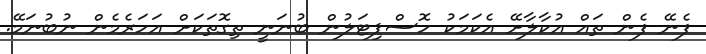
ފެނޭ ފެން ތައް އުކާލާށޭ އެކަމަކު ހޮސްޕިޓަލުން ބުނަނީ ތިގޮތަކަށް އަހަރެމެން ނުބުނަމޭ.